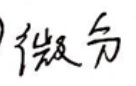
微分